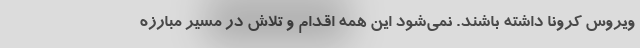
ویروس کرونا داشته باشند. نمی‌شود این همه اقدام و تلاش در مسیر مبارزه